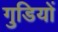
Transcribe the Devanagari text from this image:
गुडियों